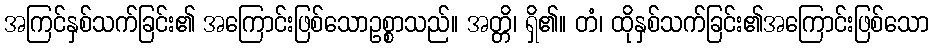
အကြင်နှစ်သက်ခြင်း၏ အကြောင်းဖြစ်သောဥစ္စာသည်။ အတ္တိ၊ ရှိ၏။ တံ၊ ထိုနှစ်သက်ခြင်း၏အကြောင်းဖြစ်သော